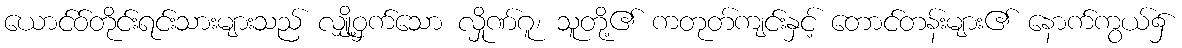
ယောင်ဝ်တိုင်းရင်းသားများသည် လျှို့ဝှက်သော လှိုဏ်ဂူ၊ သူတို့၏ ကတုတ်ကျင်းနှင့် တောင်တန်းများ၏ နောက်ကွယ်၌